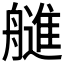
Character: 𰰓